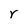
Character: r